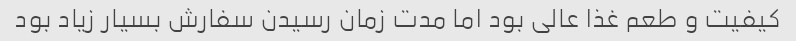
کیفیت و طعم غذا عالی بود اما مدت زمان رسیدن سفارش بسیار زیاد بود